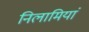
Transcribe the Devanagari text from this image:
निलामियां